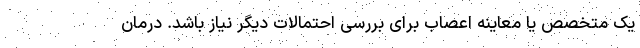
یک متخصص یا معاینه اعصاب برای بررسی احتمالات دیگر نیاز باشد. درمان